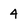
Character: 4